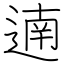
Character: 遖